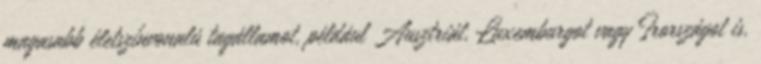
magasabb életszínvonalú tagállamot, például Ausztriát, Luxemburgot vagy Írországot is.